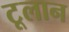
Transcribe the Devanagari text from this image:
टूलान